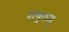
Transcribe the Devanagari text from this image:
शष्ठम्